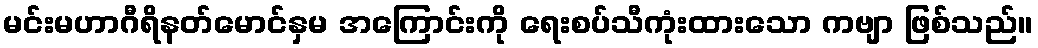
မင်းမဟာဂီရိနတ်မောင်နှမ အကြောင်းကို ရေးစပ်သီကုံးထားသော ကဗျာ ဖြစ်သည်။